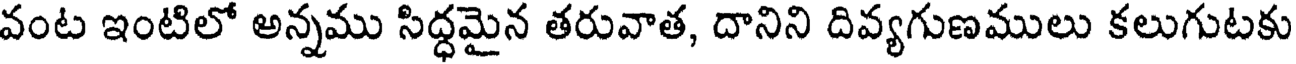
వంట ఇంటిలో అన్నము సిద్ధమైన తరువాత, దానిని దివ్యగుణములు కలుగుటకు